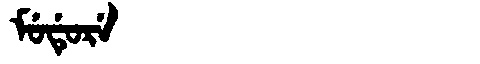
Manchu: ᠮᡠᡩᡠᡵᡝ
Romanization: MUDURE